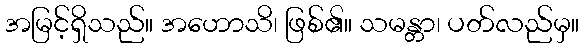
အမြင့်ရှိသည်။ အဟောသိ၊ ဖြစ်၏။ သမန္တာ၊ ပတ်လည်မှ။